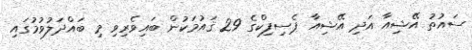
ސައުތު އޭޝިއާ އަދި އޭޝިއާ ޕެސިފިކްގެ 29 ޤައުމަކުން ބައިވެރިވިި މި ބައްދަލުވުމުގައި